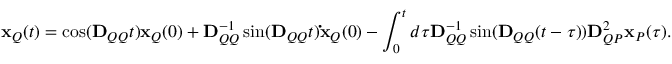
\mathbf { x } _ { Q } ( t ) = \cos ( \mathbf { D } _ { Q Q } t ) \mathbf { x } _ { Q } ( 0 ) + \mathbf { D } _ { Q Q } ^ { - 1 } \sin ( \mathbf { D } _ { Q Q } t ) \mathbf { \dot { x } } _ { Q } ( 0 ) - \int _ { 0 } ^ { t } d \tau \mathbf { D } _ { Q Q } ^ { - 1 } \sin ( \mathbf { D } _ { Q Q } ( t - \tau ) ) \mathbf { D } _ { Q P } ^ { 2 } \mathbf { x } _ { P } ( \tau ) .